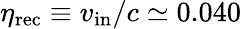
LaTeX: \eta_{\mathrm{rec}}\equiv v_{\mathrm{in}}/c\simeq 0.040